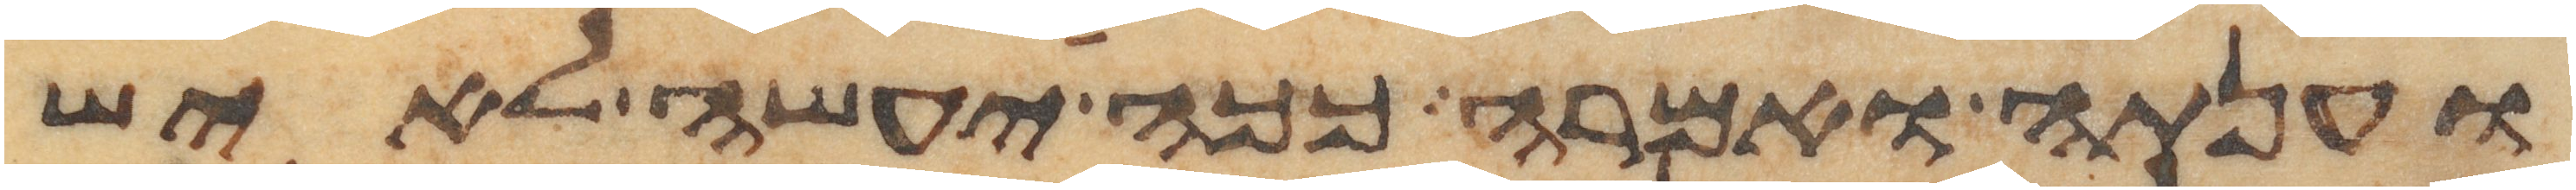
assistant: וענתה ואמרה ככה יעשה לאיש